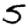
Digit: 5